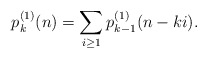
\begin{align*}p_k^{(1)}(n) = \sum_{i \ge 1} p_{k-1}^{(1)}(n-ki). \end{align*}